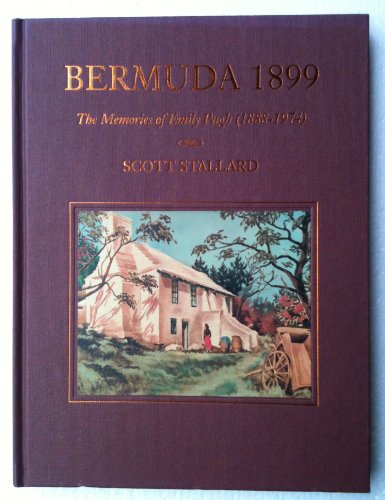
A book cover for Bermuda 1899: The Memories of Emily Pugh (1888-1974); Scott Stallard; Travel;